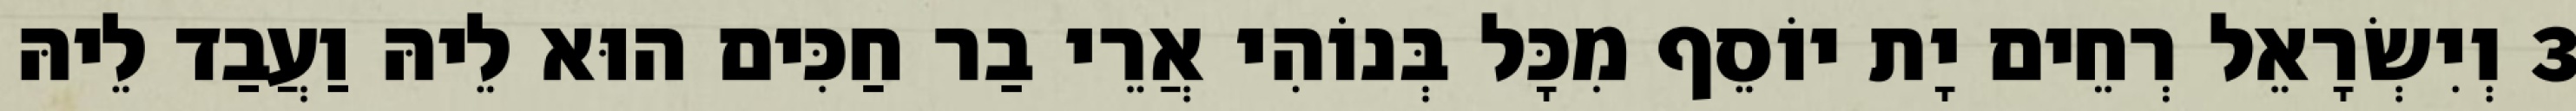
3 וְיִשְׂרָאֵל רְחֵים יָת יוֹסֵף מִכָּל בְּנוֹהִי אֲרֵי בַר חַכִּים הוּא לֵיהּ וַעֲבַד לֵיהּ